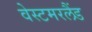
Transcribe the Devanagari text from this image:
वेस्टमरलैंड